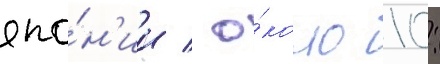
япо́н'ии / о́коло 10: